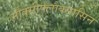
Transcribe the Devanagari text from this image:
मौक्सीफ्लौक्सासिन